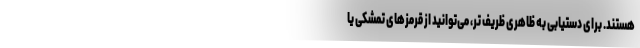
هستند. برای دستیابی به ظاهری ظریف تر، می‌توانید از قرمزهای تمشکی یا